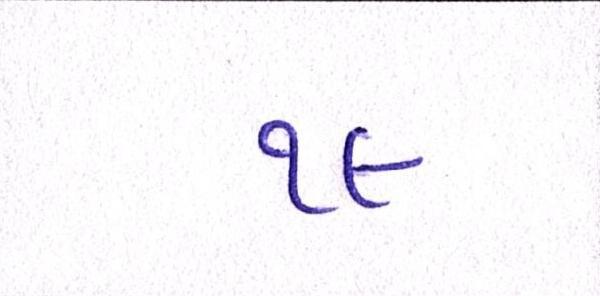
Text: ૧૯